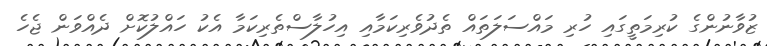
ޒުވާނުންގެ ކުރިމަތީގައި ހުރި މައްސަލަތައް ތެދުވެރިކަމާއި އިހުލާސްތެރިކަމާ އެކު ހައްލުކޮށް ދެއްވަން ޖެހެ